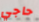
حاجي